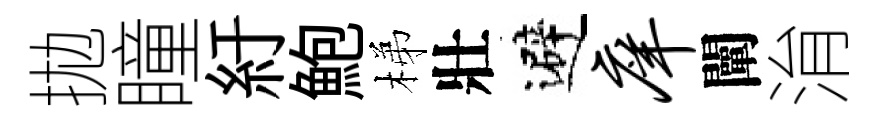
拋瞳紆鮑梯壯避庠闡㳙